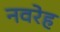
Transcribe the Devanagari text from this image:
नवरेह